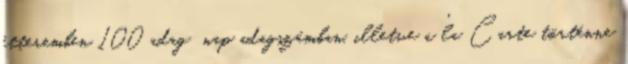
étteremben 100 adag nap adagszámban, illetve a 'la Carte történne